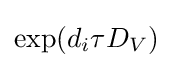
\exp(d_{i}\tau D_{V})